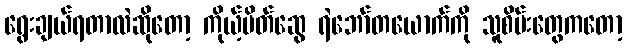
ရွေးချယ်ရတာလဲဆိုတော့ ကိုယ့်မိတ်ဆွေ ရဲဘော်တယောက်ကို သူစိမ်းတွေကတော့